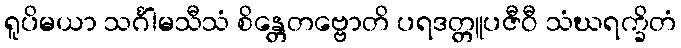
ရူပိမယာ သင်္ဂါမသီသံ စိန္တေတဗ္ဗောတိ ပရဒတ္တူပဇီဝီ သံဃရက္ခိတံ